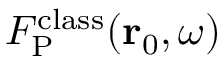
F _ { \mathrm { P } } ^ { \mathrm { c l a s s } } ( { \bf r } _ { 0 } , \omega )